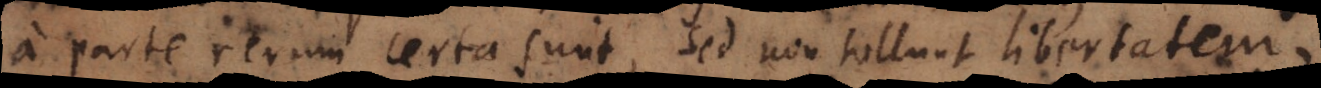
a parte rerum certa sunt, sed non tollunt libertatem,